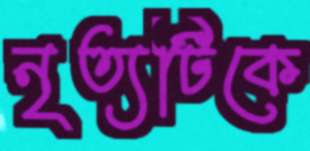
নৃত্যটিকে